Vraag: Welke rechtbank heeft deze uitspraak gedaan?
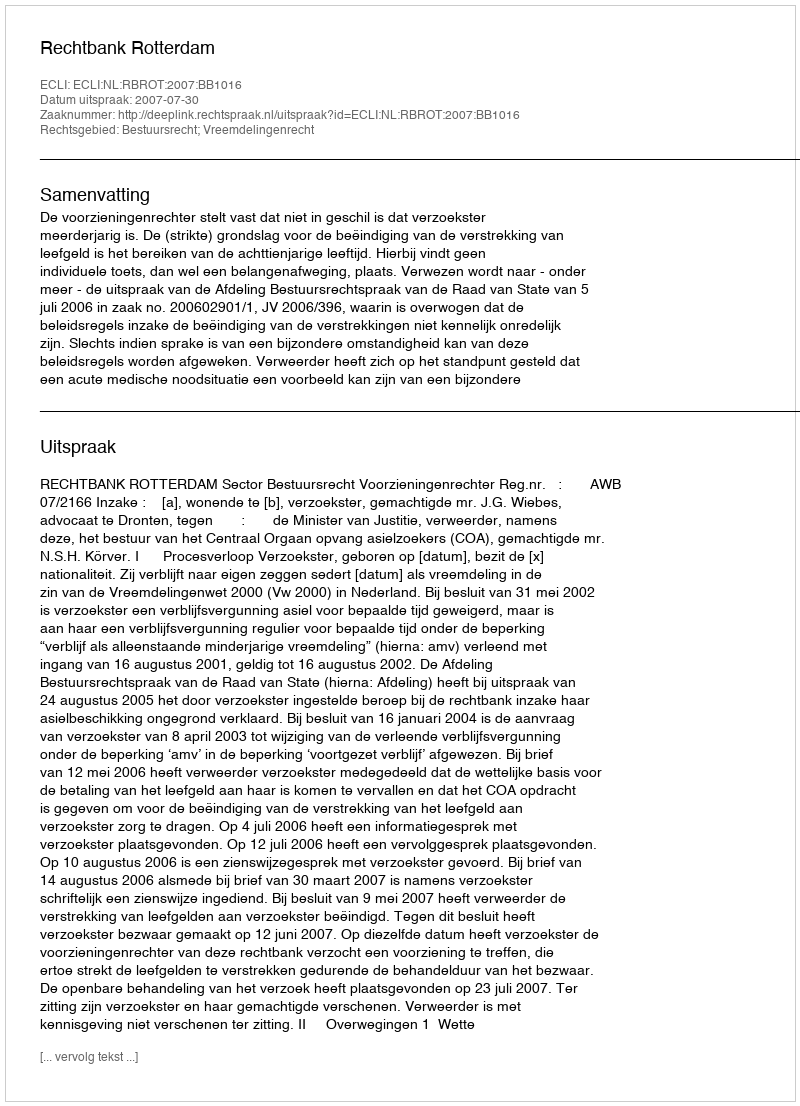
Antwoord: Rechtbank Rotterdam